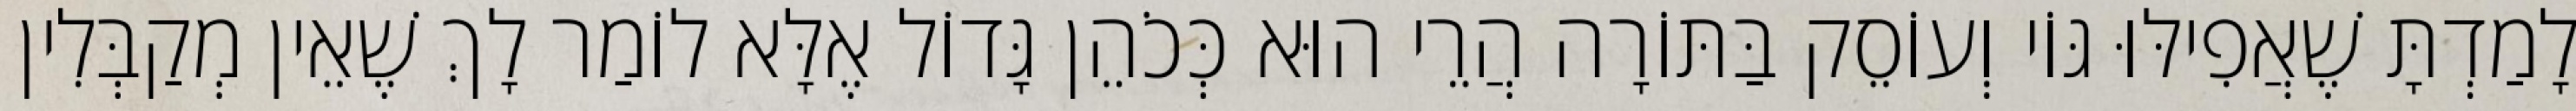
לָמַדְתָּ שֶׁאֲפִילּוּ גּוֹי וְעוֹסֵק בַּתּוֹרָה הֲרֵי הוּא כְּכֹהֵן גָּדוֹל אֶלָּא לוֹמַר לָךְ שֶׁאֵין מְקַבְּלִין